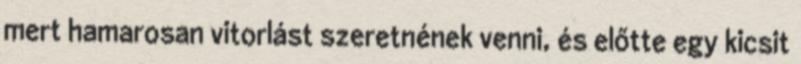
mert hamarosan vitorlást szeretnének venni, és előtte egy kicsit